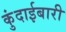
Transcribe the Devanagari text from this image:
कुंदाईबारी